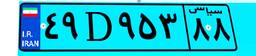
۵۲D۷۲۳۰۰